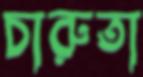
চারুতা